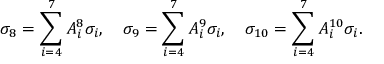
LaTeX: \sigma _ { 8 } = \sum _ { i = 4 } ^ { 7 } A _ { i } ^ { 8 } \sigma _ { i } , \quad \sigma _ { 9 } = \sum _ { i = 4 } ^ { 7 } A _ { i } ^ { 9 } \sigma _ { i } , \quad \sigma _ { 1 0 } = \sum _ { i = 4 } ^ { 7 } A _ { i } ^ { 1 0 } \sigma _ { i } .